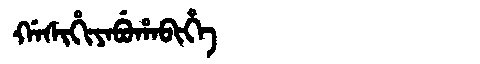
Manchu: ᡤᠠᠰᡳᡥᡳᠶᠠᠪᡠᡥᠠᠪᡳᡥᡝ
Romanization: GASIHIYABUHABIHE